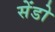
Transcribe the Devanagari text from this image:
सेंडो